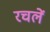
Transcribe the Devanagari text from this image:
रचलें